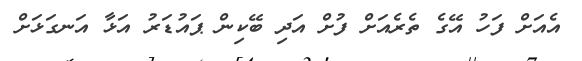
އެއަށް ފަހު އޭގެ ތެރެއަށް ފުށް އަދި ބޭކިން ޕައުޑަރު އަޅާ އަނގަޅަށް